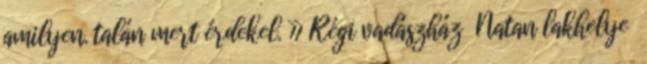
amilyen. talán mert érdekel. » Régi vadászház Natan lakhelye